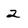
Character: 2